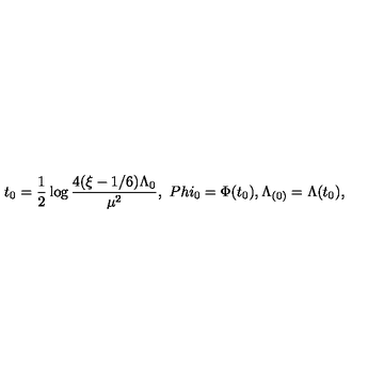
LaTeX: t _ { 0 } = \frac { 1 } { 2 } \log \frac { 4 ( \xi - 1 / 6 ) \Lambda _ { 0 } } { \mu ^ { 2 } } , \ P h i _ { 0 } = \Phi ( t _ { 0 } ) , \Lambda _ { ( 0 ) } = \Lambda ( t _ { 0 } ) ,